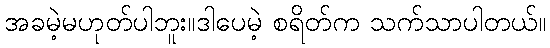
အခမဲ့မဟုတ်ပါဘူး။ဒါပေမဲ့ စရိတ်က သက်သာပါတယ်။